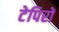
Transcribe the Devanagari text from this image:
टेपिरों